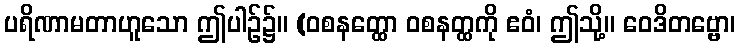
ပရိဏာမတာဟူသော ဤပါဉ်၌။ (ဝစနတ္ထော ဝစနတ္ထကို ဧဝံ၊ ဤသို့။ ဝေဒိတဗ္ဗော၊